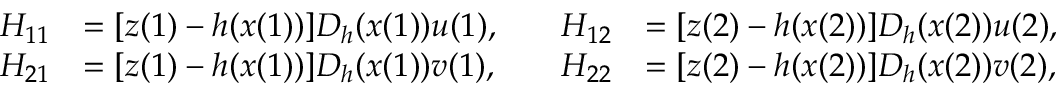
\begin{array} { r l r l } { H _ { 1 1 } } & { = [ z ( 1 ) - h ( x ( 1 ) ) ] D _ { h } ( x ( 1 ) ) u ( 1 ) , } & { \quad H _ { 1 2 } } & { = [ z ( 2 ) - h ( x ( 2 ) ) ] D _ { h } ( x ( 2 ) ) u ( 2 ) , } \\ { H _ { 2 1 } } & { = [ z ( 1 ) - h ( x ( 1 ) ) ] D _ { h } ( x ( 1 ) ) v ( 1 ) , } & { \quad H _ { 2 2 } } & { = [ z ( 2 ) - h ( x ( 2 ) ) ] D _ { h } ( x ( 2 ) ) v ( 2 ) , } \end{array}